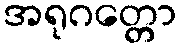
အရုဂတ္တော